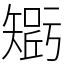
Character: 𥏾